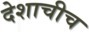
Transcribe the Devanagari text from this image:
देशाचीच